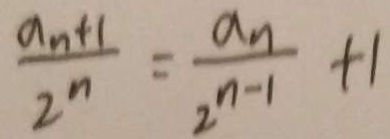
\frac { a _ { n } + 1 } { 2 ^ { n } } = \frac { a _ { n } } { 2 ^ { n - 1 } } + 1